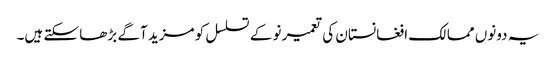
یہ دونوں ممالک افغانستان کی تعمیر نو کے تسلسل کو مزید آگے بڑھا سکتے ہیں۔